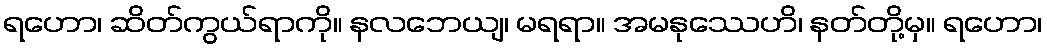
ရဟော၊ ဆိတ်ကွယ်ရာကို။ နလဘေယျ၊ မရရာ။ အမနုဿေဟိ၊ နတ်တို့မှ။ ရဟော၊